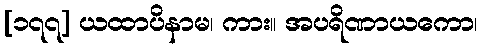
[၁၇၇] ယထာပိနာမ၊ ကား။ အပရိဏာယကော၊